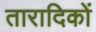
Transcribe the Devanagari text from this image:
तारादिकों